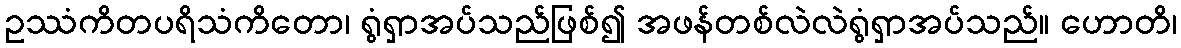
ဥဿံကိတပရိသံကိတော၊ ရွံရှာအပ်သည်ဖြစ်၍ အဖန်တစ်လဲလဲရွံရှာအပ်သည်။ ဟောတိ၊